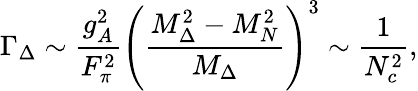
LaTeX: \Gamma_{\Delta}\sim\frac{g_{A}^{2}}{F_{\pi}^{2}}\left(\frac{M_{\Delta}^{2}-M_{N}^{2}}{M_{\Delta}}\right)^{3}\sim\frac{1}{N_{c}^{2}},